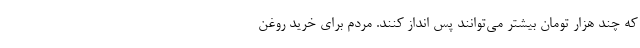
که چند هزار تومان بیشتر می‌توانند پس انداز کنند. مردم برای خرید روغن